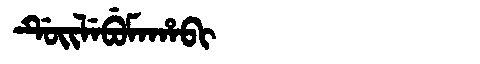
Manchu: ᡩᡠᡳᠯᡝᠪᡠᠮᠠᡥᠠᠪᡳ
Romanization: DUILEBUMAHABI